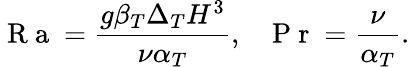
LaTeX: \mathrm{~R~a~}=\frac{g\beta_{T}\Delta_{T}H^{3}}{\nu\alpha_{T}},\ \ \ \mathrm{~P~r~}=\frac{\nu}{\alpha_{T}}.